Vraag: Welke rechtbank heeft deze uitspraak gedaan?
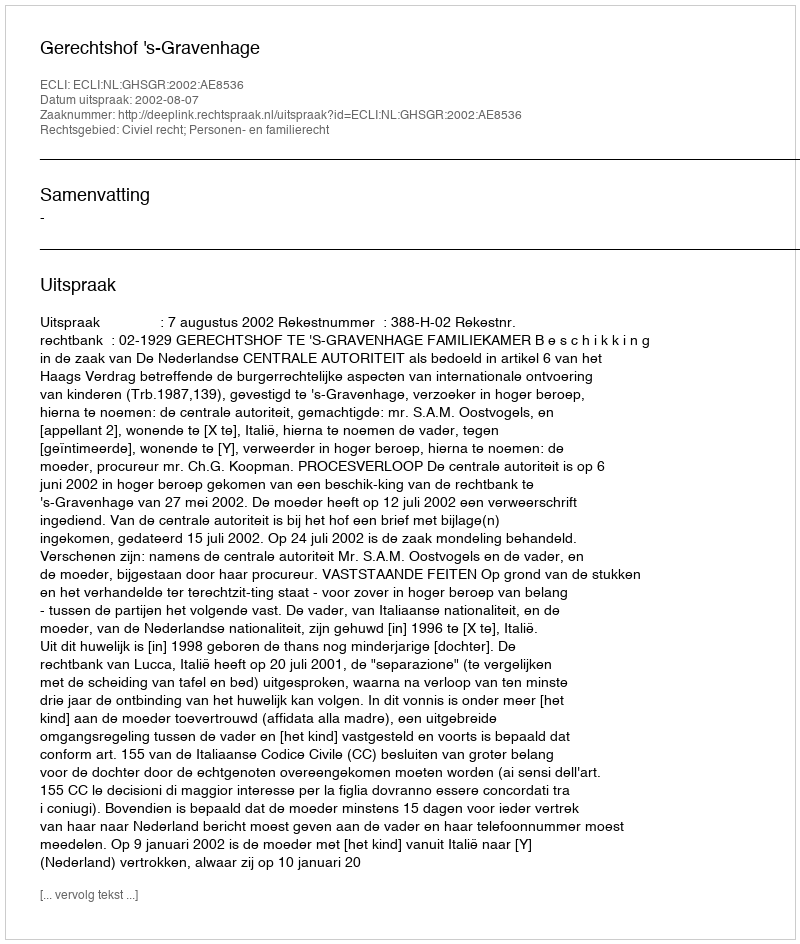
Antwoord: Gerechtshof 's-Gravenhage